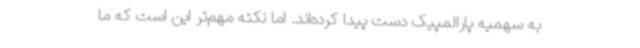
به سهمیه پارالمپیک دست پیدا کرده‌اند. اما نکته مهم‌تر این است که ما